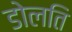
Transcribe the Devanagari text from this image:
डोलति